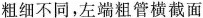
粗细不同，左端粗管横截面